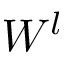
W ^ { l }